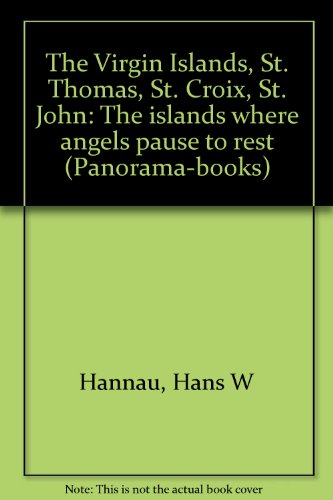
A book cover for The Virgin Islands, St. Thomas, St. Croix, St. John: The islands where angels pause to rest (Panorama-books); Hans W Hannau; Travel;